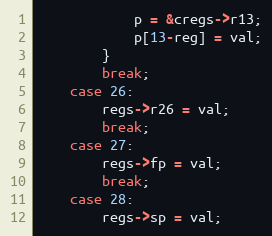
Language: C
			p = &cregs->r13;
			p[13-reg] = val;
		}
		break;
	case 26:
		regs->r26 = val;
		break;
	case 27:
		regs->fp = val;
		break;
	case 28:
		regs->sp = val;